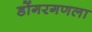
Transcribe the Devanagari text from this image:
डोंगरगणला